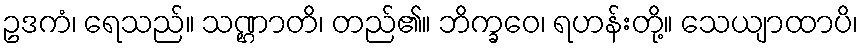
ဥဒကံ၊ ရေသည်။ သဏ္ဌာတိ၊ တည်၏။ ဘိက္ခဝေ၊ ရဟန်းတို့။ သေယျာထာပိ၊